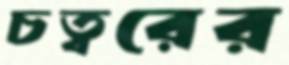
চত্বরের